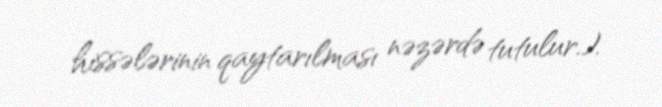
hissələrinin qaytarılması nəzərdə tutulur.).